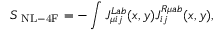
S _ { \mathrm { { \scriptsize ~ N L - 4 F } } } = - \int J _ { \mu i j } ^ { L a b } ( x , y ) J _ { i j } ^ { R \mu a b } ( x , y ) ,